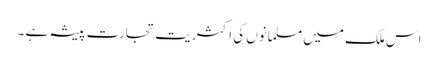
اس ملک میں مسلمانوں کی اکثریت تجارت پیشہ ہے ۔